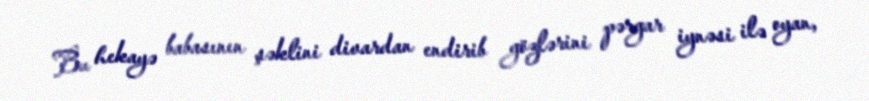
Bu hekayə babasının şəklini divardan endirib gözlərini pərgar iynəsi ilə oyan,